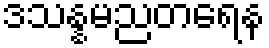
ဒသန္နမညတရေန